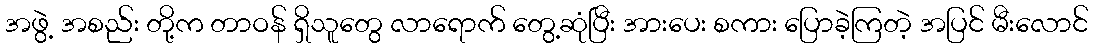
အဖွဲ့ အစည်း တို့က တာဝန် ရှိသူတွေ လာရောက် တွေ့ဆုံပြီး အားပေး စကား ပြောခဲ့ကြတဲ့ အပြင် မီးလောင်